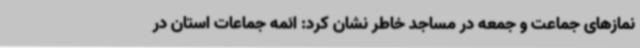
نمازهای جماعت و جمعه در مساجد خاطر نشان کرد: ائمه جماعات استان در